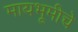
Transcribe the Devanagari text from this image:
मायभूमीचे